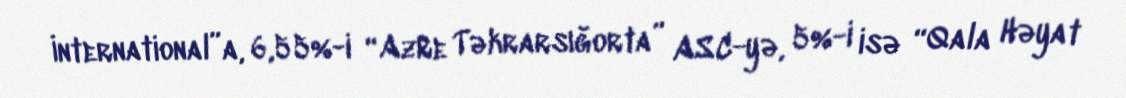
İnternational”a, 6,55%-i “AzRe Təkrarsığorta” ASC-yə, 5%-i isə “Qala Həyat